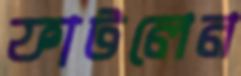
ফাটলেন